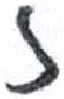
אות: ז